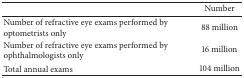
<table><thead><tr><td><b> </b></td><td><b>Number</b></td></tr></thead><tbody><tr><td>Number of refractive eye exams performed by optometrists only</td><td>88 million</td></tr><tr><td>Number of refractive eye exams performed by ophthalmologists only</td><td>16 million</td></tr><tr><td>Total annual exams</td><td>104 million</td></tr></tbody></table>